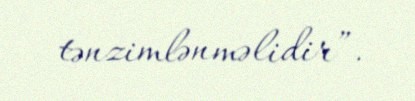
tənzimlənməlidir”.